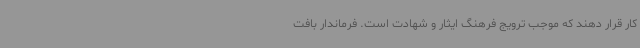
کار قرار دهند که موجب ترویج فرهنگ ایثار و شهادت است. فرماندار بافت